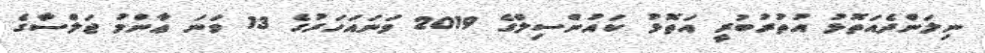
ނިލަންދެއަތޮޅު އުތުރުބުރީ އަތޮޅު ކައުންސިލްގެ 2019 ވަނައަހަރުގެ 13 ވަނަ ޢާންމު ޖަލްސާގެ